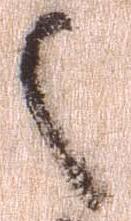
之